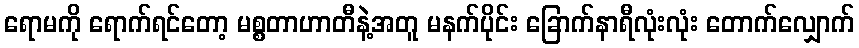
ရောမကို ရောက်ရင်တော့ မစ္စတာဟာတီနဲ့အတူ မနက်ပိုင်း ခြောက်နာရီလုံးလုံး တောက်လျှောက်